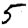
Digit: 5